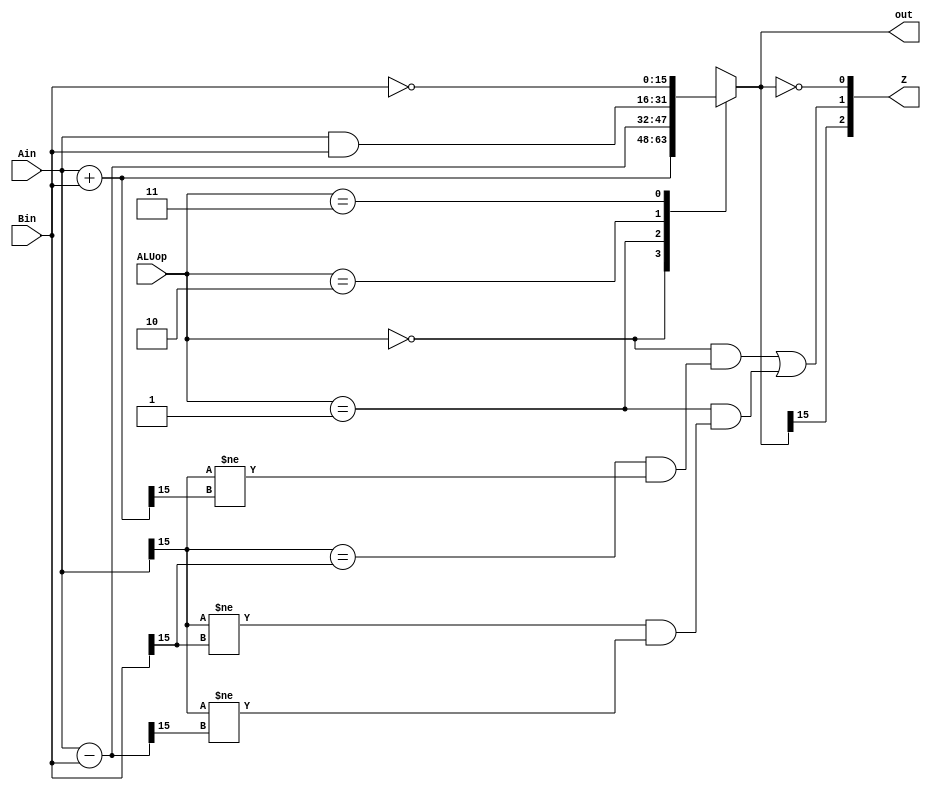
module ALU(Ain,Bin,ALUop,out,Z);
    input [15:0] Ain, Bin;
    input [1:0] ALUop;
    output [15:0] out;
    output [2:0] Z;

    reg [15:0] out;
    wire [15:0] sum = Ain + Bin;
    wire [15:0] diff = Ain - Bin;
    assign Z[0] = (out == 16'b0);   //zero status - Z
    assign Z[1] = ((ALUop == 2'b00) & ((Ain[15] == Bin[15]) & (Ain[15]!= sum[15])))|		//overflow status - V
	              ((ALUop == 2'b01) & ((Ain[15] != Bin[15]) & (Ain[15]!= diff[15])));
    assign Z[2] = (out[15] == 1'b1); //negative status - N
    
    always @(Ain, Bin, ALUop, sum, diff) begin
        case(ALUop)
            2'b00: out = sum;     // Addition
            2'b01: out = diff;     // Substraction
            2'b10: out = Ain & Bin;     // AND-ed
            2'b11: out = ~Bin;          // Complement Bin
            default: out = {16{1'bx}};
        endcase
    end
endmodule